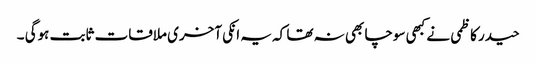
حیدر کاظمی نے کبھی سوچا بھی نہ تھا کہ یہ انکی آخری ملاقات ثابت ہوگی ۔